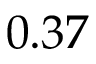
0 . 3 7